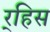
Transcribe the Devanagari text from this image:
र्‍हिस